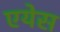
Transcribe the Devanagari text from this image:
एयेस